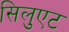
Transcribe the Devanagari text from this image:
सिलुएट